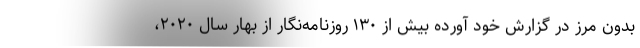
بدون مرز در گزارش خود آورده بیش از ۱۳۰ روزنامه‌نگار از بهار سال ۲۰۲۰،